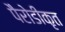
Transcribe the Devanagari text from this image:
पैरोडीकृत